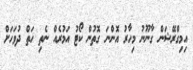
އިމިގްރޭޝަން ގާނޫނު މިހާރު އޮންނަ ގޮތުން ކޯޓު އަމުރެއް ނެތި ހަތް ދުވަހަށް